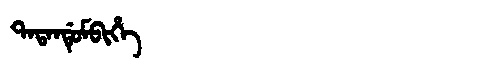
Manchu: ᡨᠠᡨᠠᠨᡩᡠᠮᠪᡳᡥᡝ
Romanization: TATANDUMBIHE